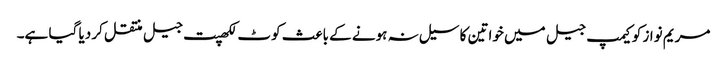
مریم نواز کو کیمپ جیل میں خواتین کا سیل نہ ہونے کے باعث کوٹ لکھپت جیل منتقل کر دیا گیا ہے۔